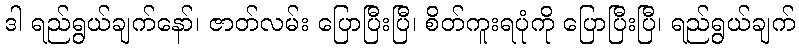
ဒါ ရည်ရွယ်ချက်နော်၊ ဇာတ်လမ်း ပြောပြီးပြီ၊ စိတ်ကူးရပုံကို ပြောပြီးပြီ၊ ရည်ရွယ်ချက်